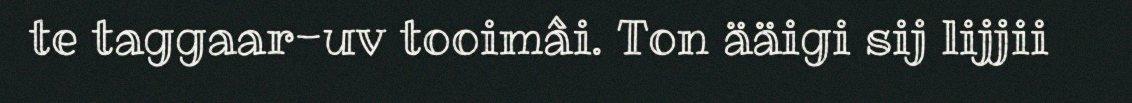
te taggaar-uv tooimâi. Ton ääigi sij lijjii